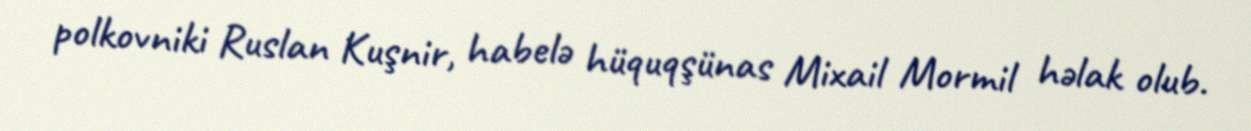
polkovniki Ruslan Kuşnir, habelə hüquqşünas Mixail Mormil həlak olub.